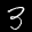
Label: 3